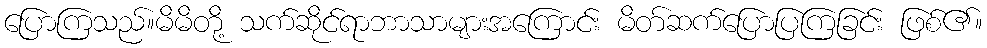
ပြောကြသည်။မိမိတို့ သက်ဆိုင်ရာဘာသာများအကြောင်း မိတ်ဆက်ပြောပြကြခြင်း ဖြစ်၏။